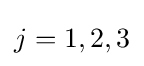
\,\!j=1,2,3